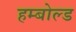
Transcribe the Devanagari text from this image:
हम्बोल्ड